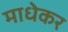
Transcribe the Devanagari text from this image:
माधेकर